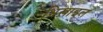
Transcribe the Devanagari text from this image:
भिख़ाइल